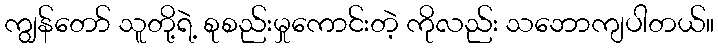
ကျွန်တော် သူတို့ရဲ့ စုစည်းမှုကောင်းတဲ့ ကိုလည်း သဘောကျပါတယ်။